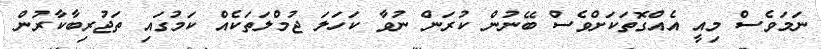
ނަމަވެސް މިއީ އެއްގޮތަކަށްވެސް ބޭނުން ކުރަން ނުވާ ކަހަލަ ޖުމްލަތަކެއް ކަމުގައި ތަޖުރިބާކާރުން